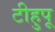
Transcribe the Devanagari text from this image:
टीहुपू